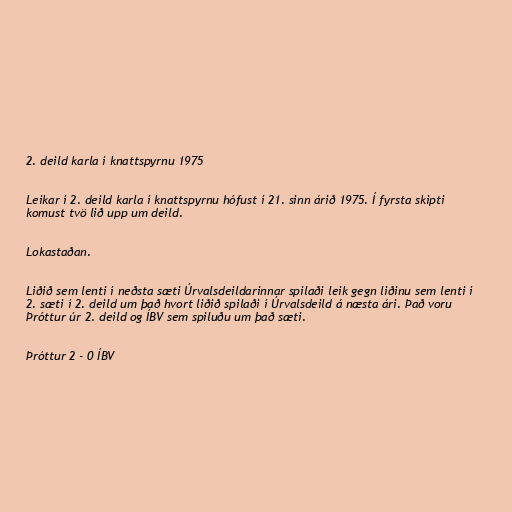
2. deild karla í knattspyrnu 1975

Leikar í 2. deild karla í knattspyrnu hófust í 21. sinn árið 1975. Í fyrsta skipti
komust tvö lið upp um deild.

Lokastaðan.

Liðið sem lenti í neðsta sæti Úrvalsdeildarinnar spilaði leik gegn liðinu sem lenti í
2. sæti í 2. deild um það hvort liðið spilaði í Úrvalsdeild á næsta ári. Það voru
Þróttur úr 2. deild og ÍBV sem spiluðu um það sæti.

Þróttur 2 - 0 ÍBV